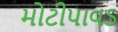
મોટીપાવડ